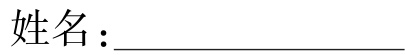
姓名：\_\_\_\_\_\_\_\_\_\_\_\_\_